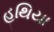
હથિયા